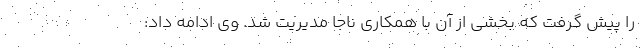
را پیش‌ گرفت که بخشی از آن با همکاری ناجا مدیریت شد. وی ادامه داد: